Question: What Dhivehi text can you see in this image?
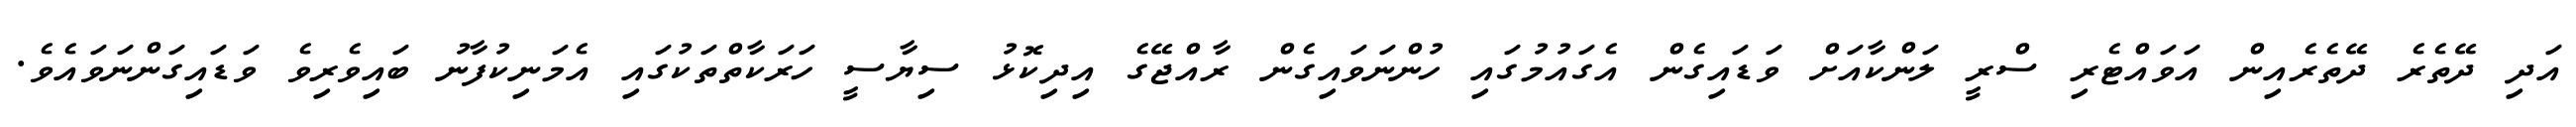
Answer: އަދި ދޭތެރެ ދޭތެރެއިން އަވައްޓެރި ސްރީ ލަންކާއަށް ވަޑައިގެން އެގައުމުގައި ހުންނަވައިގެން ރާއްޖޭގެ އިދިކޮޅު ސިޔާސީ ހަރަކާތްތަކުގައި އެމަނިކުފާނު ބައިވެރިވެ ވަޑައިގަންނަވައެވެ.